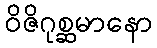
ဝိဇိဂုစ္ဆမာနော